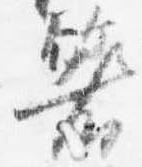
箸